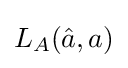
{\textstyle L_{A}({\hat {a}},a)}